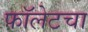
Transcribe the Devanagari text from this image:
फॉलेटचा